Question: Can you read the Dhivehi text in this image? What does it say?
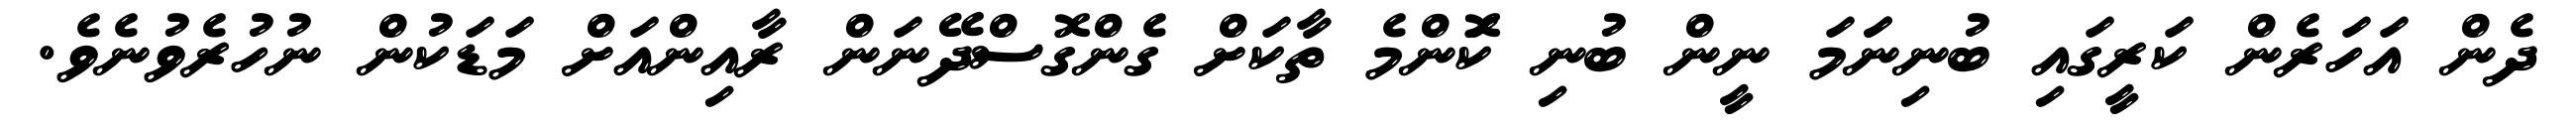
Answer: ދެން އަހަރެން ކަރީގައި ބުނިނަަމަ ނީން ބުނި ކޮަންމެ ތާކަށް ގެންގޮސްދޭނަން ރާއިންއަށް މަޑަކުން ނުހުރެވުނެވެ.